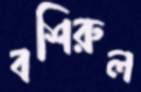
বশিরুল